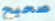
صحيح